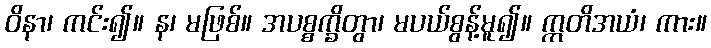
ဝိနာ၊ ကင်း၍။ န၊ မဖြစ်။ အပစ္စက္ခိတွာ၊ မပယ်စွန့်မူ၍။ ဣတိအယံ၊ ကား။